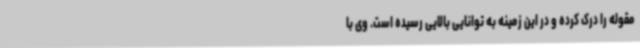
مقوله را درک کرده و در این زمینه به توانایی بالایی رسیده است. وی با